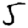
Digit: 5